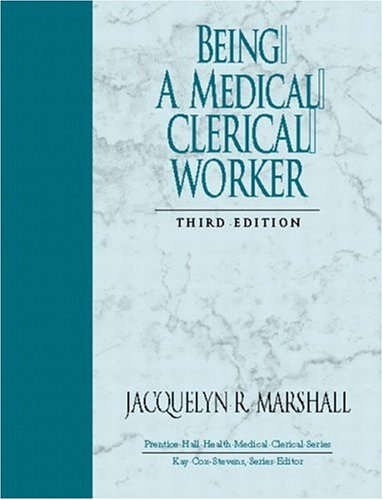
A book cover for Being a Medical Clerical Worker (3rd Edition); Jacquelyn R. Marshall BA  MT  MA; Medical Books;